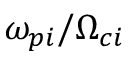
\omega _ { p i } / \Omega _ { c i }